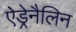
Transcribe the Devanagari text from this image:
ऐड्रेनैलिन